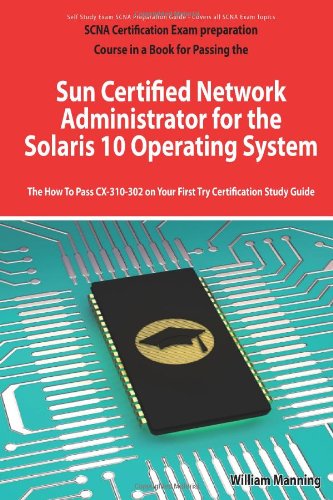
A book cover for Sun Certified Network Administrator for the Solaris 10 Operating System Certification Exam Preparation Course in a Book for Passing the Solaris ... on Your First Try Certification Study Guide; William Manning; Computers & Technology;